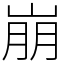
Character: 崩